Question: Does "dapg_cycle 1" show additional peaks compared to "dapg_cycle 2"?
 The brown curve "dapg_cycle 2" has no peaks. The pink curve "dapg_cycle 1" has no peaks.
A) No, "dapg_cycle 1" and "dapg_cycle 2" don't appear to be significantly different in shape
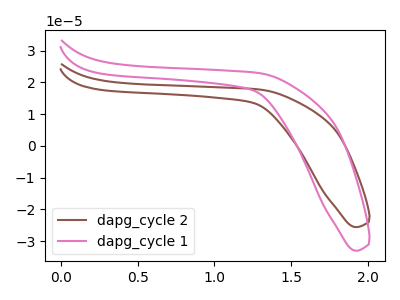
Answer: <think>Neither "dapg_cycle 1" or "dapg_cycle 2" have any peaks.
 </think>
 <answer>A) No, "dapg_cycle 1" and "dapg_cycle 2" don't appear to be significantly different in shape</answer>
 <eval>A</eval>